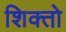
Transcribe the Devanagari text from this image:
शिक्तो